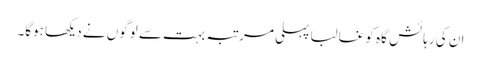
ان کی رہائش گاہ کو غالبا پہلی مرتبہ بہت سے لوگوں نے دیکھا ہوگا۔